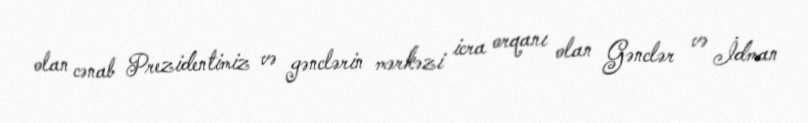
olan cənab Prezidentimiz və gənclərin mərkəzi icra orqanı olan Gənclər və İdman